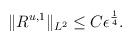
LaTeX: \begin{align*}\begin{aligned}\Vert R^{u,1}\Vert_{L^2}\leq C\epsilon^{\frac{1}{4}}.\end{aligned}\end{align*}